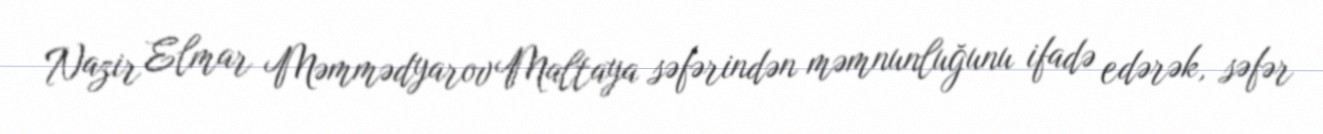
Nazir Elmar Məmmədyarov Maltaya səfərindən məmnunluğunu ifadə edərək, səfər